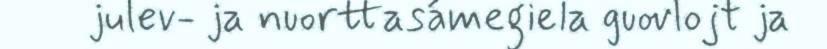
julev- ja nuorttasámegiela guovlojt ja